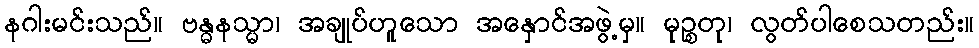
နဂါးမင်းသည်။ ဗန္ဓနသ္မာ၊ အချုပ်ဟူသော အနှောင်အဖွဲ့မှ။ မုဉ္စတု၊ လွတ်ပါစေသတည်း။